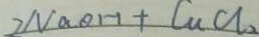
2 N a O H + C u C l _ { 2 }